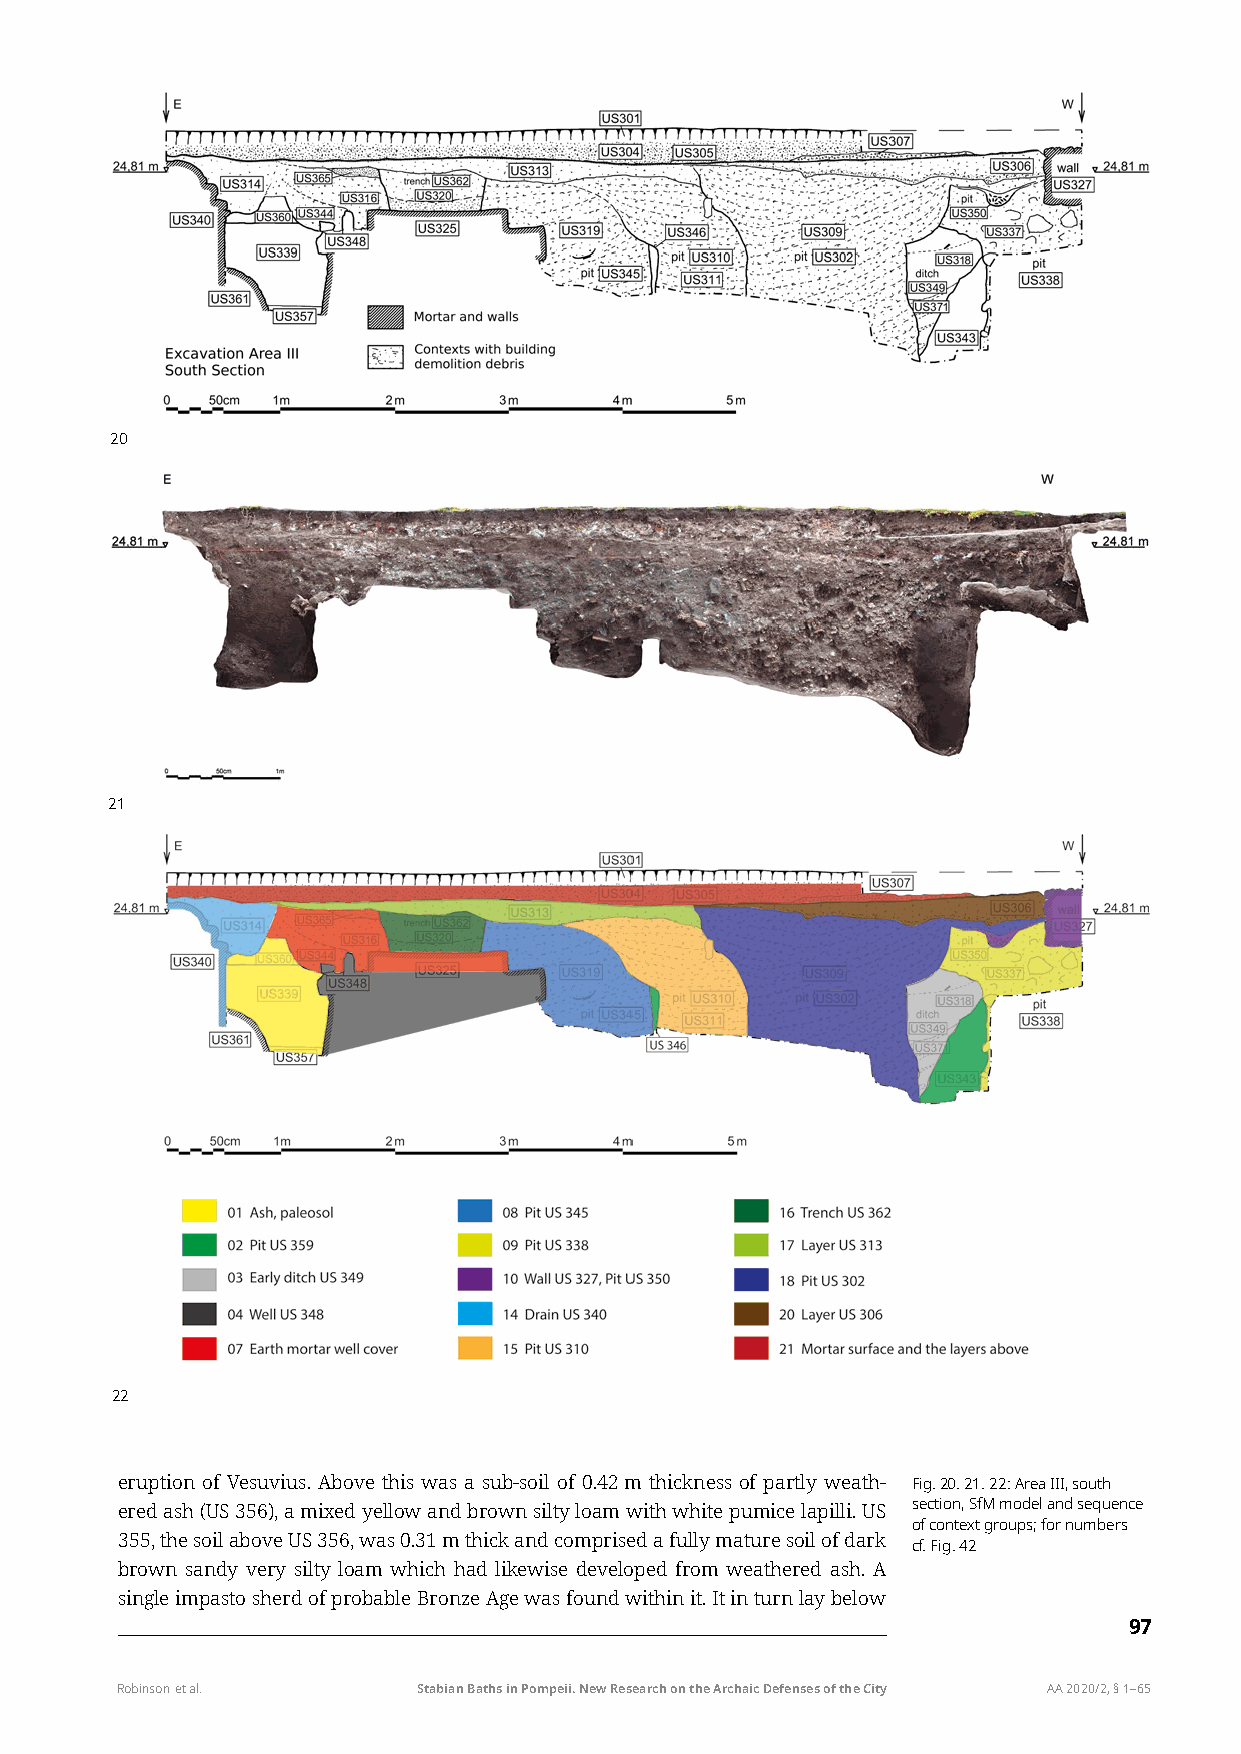
20
 21
 22
 eruption of Vesuvius. Above this was a sub-soil of 0.42 m thickness of partly weath- Fig. 20. 21. 22: Area III, south
 ered ash (US 356), a mixed yellow and brown silty loam with white pumice lapilli. US section, SfM model and sequence
 of context groups; for numbers
 355, the soil above US 356, was 0.31 m thick and comprised a fully mature soil of dark
 cf. Fig. 42
 brown sandy very silty loam which had likewise developed from weathered ash. A
 single impasto sherd of probable Bronze Age was found within it. It in turn lay below
 97
 Robinson et al.     Stabian Baths in Pompeii. New Research on the Archaic Defenses of the City AA 2020/2, § 1–65